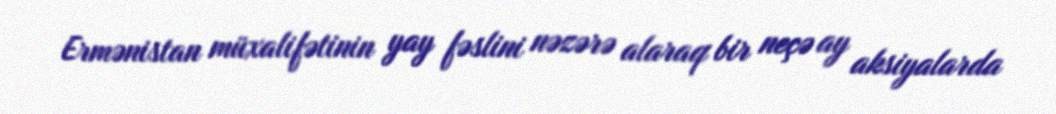
Ermənistan müxalifətinin yay fəslini nəzərə alaraq bir neçə ay aksiyalarda